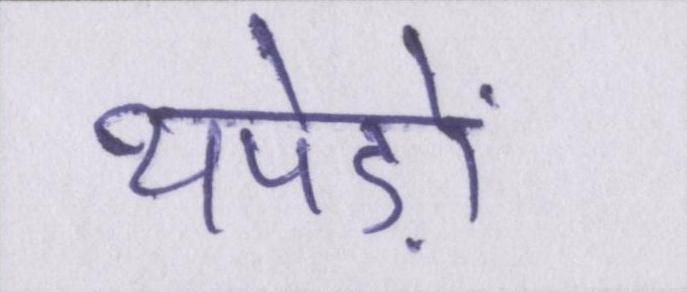
थपेड़ों